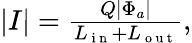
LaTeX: \begin{array}{r}{|I|=\frac{Q|\Phi_{a}|}{L_{\mathrm{~i~n~}}+L_{\mathrm{~o~u~t~}}},}\end{array}